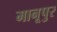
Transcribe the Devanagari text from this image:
मानूपुर